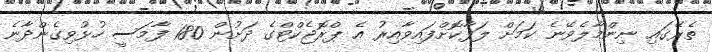
ތެރޭގައި ނިންމާލެވޭނެ ކަމަށް ލަފާކޮށްފައިވާއިރު އެ ޕްރޮޖެކްޓްގެ ދަށުން 180 ފާމަސީ ހުޅުވިގެންދާނެ